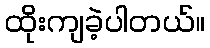
ထိုးကျခဲ့ပါတယ်။